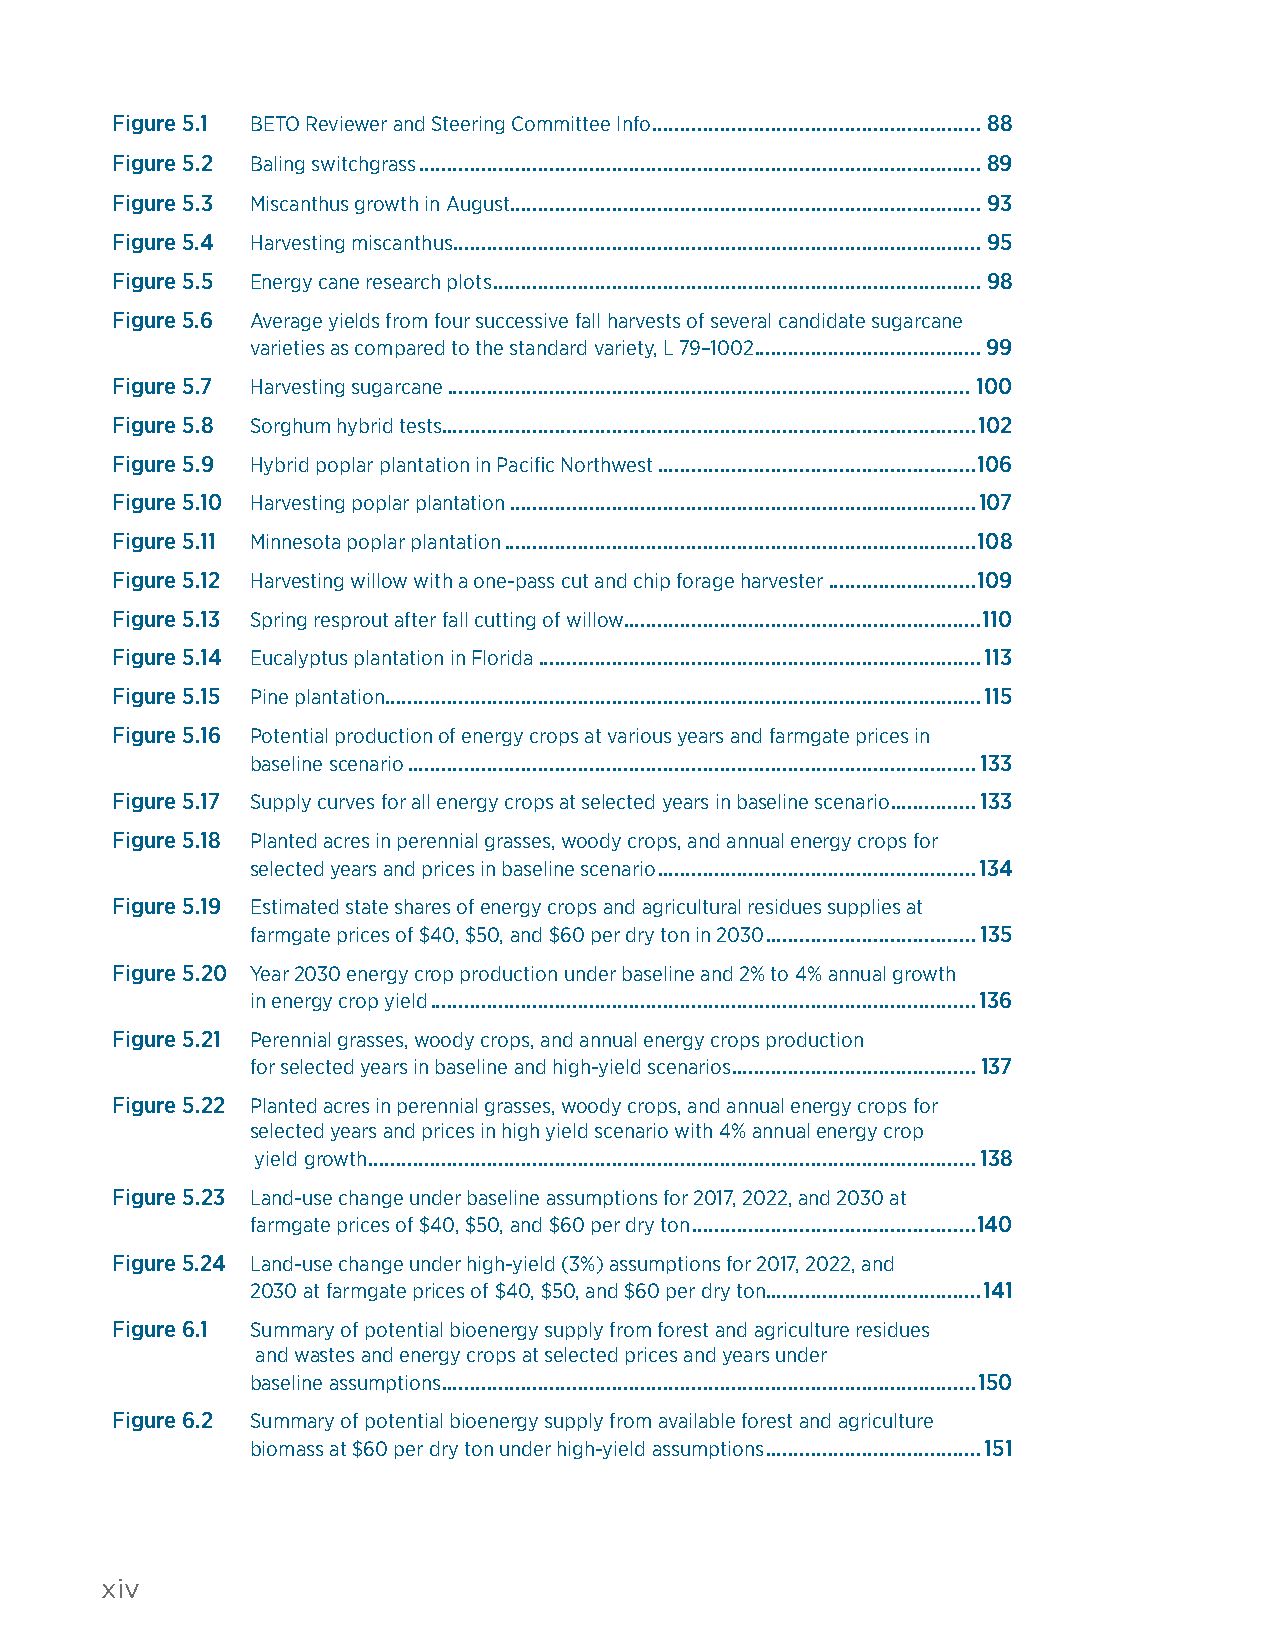
Figure 5.1 BETO Reviewer and Steering Committee Info ..........................................................88
 Figure 5.2 Baling switchgrass ...................................................................................................89
 Figure 5.3 Miscanthus growth in August ...................................................................................93
 Figure 5.4 Harvesting miscanthus .............................................................................................95
 Figure 5.5 Energy cane research plots ......................................................................................98
 Figure 5.6 Average yields from four successive fall harvests of several candidate sugarcane
 varieties as compared to the standard variety, L 79–1002 ........................................99
 Figure 5.7 Harvesting sugarcane ............................................................................................100
 Figure 5.8 Sorghum hybrid tests..............................................................................................102
 Figure 5.9 Hybrid poplar plantation in Pacific Northwest ........................................................106
 Figure 5.10 Harvesting poplar plantation ..................................................................................107
 Figure 5.11 Minnesota poplar plantation ...................................................................................108
 Figure 5.12 Harvesting willow with a one-pass cut and chip forage harvester ..........................109
 Figure 5.13 Spring resprout after fall cutting of willow ...............................................................110
 Figure 5.14 Eucalyptus plantation in Florida ..............................................................................113
 Figure 5.15 Pine plantation .........................................................................................................115
 Figure 5.16 Potential production of energy crops at various years and farmgate prices in
 baseline scenario ....................................................................................................133
 Figure 5.17 Supply curves for all energy crops at selected years in baseline scenario ...............133
 Figure 5.18 Planted acres in perennial grasses, woody crops, and annual energy crops for
 selected years and prices in baseline scenario ........................................................134
 Figure 5.19 Estimated state shares of energy crops and agricultural residues supplies at
 farmgate prices of $40, $50, and $60 per dry ton in 2030 .....................................135
 Figure 5.20 Year 2030 energy crop production under baseline and 2% to 4% annual growth
 in energy crop yield ................................................................................................136
 Figure 5.21 Perennial grasses, woody crops, and annual energy crops production
 for selected years in baseline and high-yield scenarios ...........................................137
 Figure 5.22 Planted acres in perennial grasses, woody crops, and annual energy crops for
 selected years and prices in high yield scenario with 4% annual energy crop
 yield growth ...........................................................................................................138
 Figure 5.23 Land-use change under baseline assumptions for 2017, 2022, and 2030 at
 farmgate prices of $40, $50, and $60 per dry ton ..................................................140
 Figure 5.24 Land-use change under high-yield (3%) assumptions for 2017, 2022, and
 2030 at farmgate prices of $40, $50, and $60 per dry ton ......................................141
 Figure 6.1 Summary of potential bioenergy supply from forest and agriculture residues
 and wastes and energy crops at selected prices and years under
 baseline assumptions ..............................................................................................150
 Figure 6.2 Summary of potential bioenergy supply from available forest and agriculture
 biomass at $60 per dry ton under high-yield assumptions ......................................151
 xiv